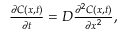
\begin{array} { r } { \frac { \partial C ( x , t ) } { \partial t } = D \frac { \partial ^ { 2 } C ( x , t ) } { \partial x ^ { 2 } } , } \end{array}